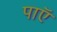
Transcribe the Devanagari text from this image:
पाएॅ